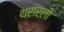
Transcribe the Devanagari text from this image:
थरारली